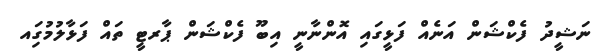
ނަޝީދު ފެކްޝަން އަނެއް ފަޅީގައި އޮންނާނީ އިބޫ ފެކްޝަން ޕާރޓީ ތައް ފަޅާލުމުގަިއ